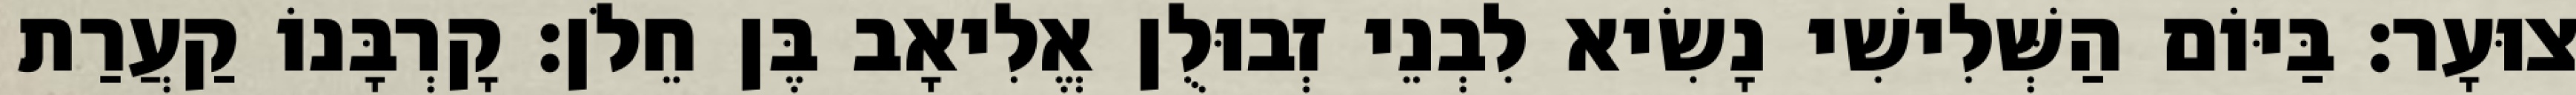
צוּעָר׃ בַּיּוֹם הַשְּׁלִישִׁי נָשִׂיא לִבְנֵי זְבוּלֻן אֱלִיאָב בֶּן חֵלֹן׃ קָרְבָּנוֹ קַעֲרַת